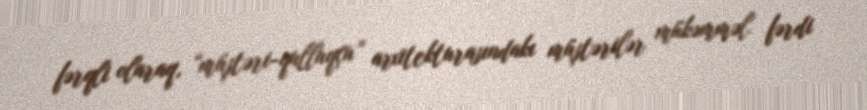
fərqli olaraq, “müştəri-qulluqçu” arxitekturasındakı müştərilər mükəmməl fərdi